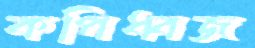
কপিধ্বজ